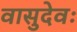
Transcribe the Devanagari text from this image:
वासुदेवः